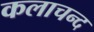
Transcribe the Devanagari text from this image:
कलाचन्द